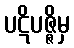
ပဋိပဇ္ဇိမှ